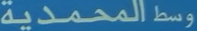
وسطالمحمدية